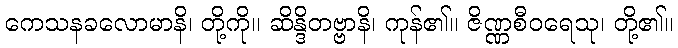
ကေသနခလောမာနိ၊ တို့ကို။ ဆိန္ဒိတဗ္ဗာနိ၊ ကုန်၏။ ဇိဏ္ဏစီဝရေသု၊ တို့၏။